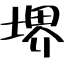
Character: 堺